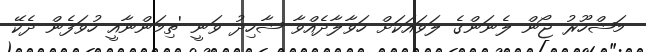
މަޝްހޫރު ޖޯން ލެނަންގެ ލަވައަކަށް ހަވާލާދެއްވާ ޝާހިދު ވަނީ 'ތިމަންނާއީ ހުވަފެން ދެކޭ